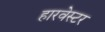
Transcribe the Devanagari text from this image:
हारवेस्टर